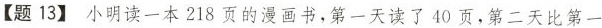
【题13】小明读一本218页的漫画书，第一天读了40页，第二天比第一